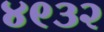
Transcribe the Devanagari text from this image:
४९३२